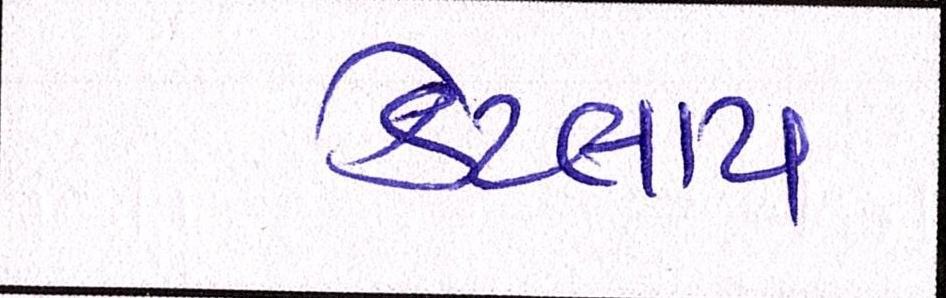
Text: કેટલાય